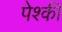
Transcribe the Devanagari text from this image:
पेश्की